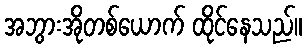
အဘွားအိုတစ်ယောက် ထိုင်နေသည်။